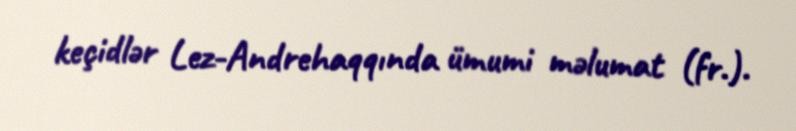
keçidlər Lez-Andrehaqqında ümumi məlumat (fr.).